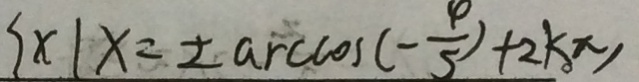
\{ x \vert x = \pm \arccos ( - \frac { 4 } { 5 } + 2 k \pi )